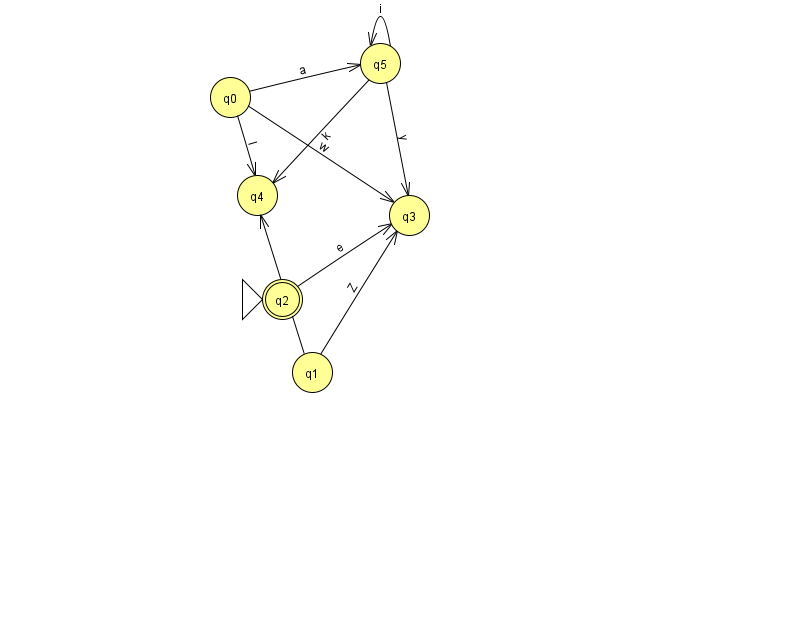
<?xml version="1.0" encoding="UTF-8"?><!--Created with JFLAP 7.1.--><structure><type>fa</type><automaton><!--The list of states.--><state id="0" name="q0"><x>230.0</x><y>84.0</y></state><state id="1" name="q1"><x>312.0</x><y>359.0</y></state><state id="2" name="q2"><x>282.0</x><y>286.0</y><initial/><final/></state><state id="3" name="q3"><x>409.0</x><y>202.0</y></state><state id="4" name="q4"><x>257.0</x><y>182.0</y></state><state id="5" name="q5"><x>380.0</x><y>50.0</y></state><!--The list of transitions.--><transition><from>0</from><to>3</to><read>w</read></transition><transition><from>0</from><to>5</to><read>a</read></transition><transition><from>0</from><to>4</to><read>I</read></transition><transition><from>5</from><to>4</to><read>k</read></transition><transition><from>1</from><to>3</to><read>Z</read></transition><transition><from>5</from><to>5</to><read>i</read></transition><transition><from>2</from><to>3</to><read>e</read></transition><transition><from>5</from><to>3</to><read>y</read></transition><transition><from>1</from><to>4</to><read>F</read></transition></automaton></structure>